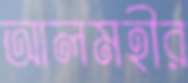
আলমহীর